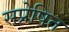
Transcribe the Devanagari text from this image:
सप्रेषित